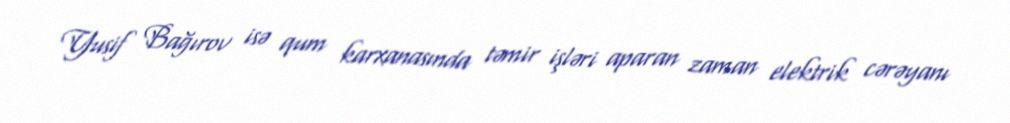
Yusif Bağırov isə qum karxanasında təmir işləri aparan zaman elektrik cərəyanı